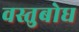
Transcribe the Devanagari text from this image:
वस्तुबोध